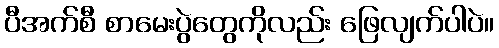
ပီအက်စီ စာမေးပွဲတွေကိုလည်း ဖြေလျက်ပါပဲ။